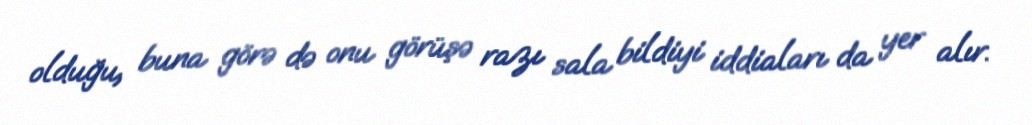
olduğu, buna görə də onu görüşə razı sala bildiyi iddiaları da yer alır.